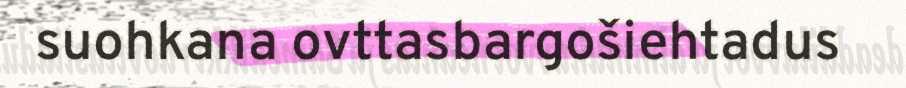
suohkana ovttasbargošiehtadus